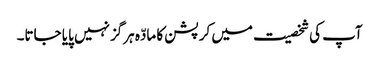
آپ کی شخصیت میں کرپشن کا مادّہ ہرگز نہیں پایا جاتا۔